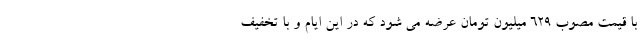
با قیمت مصوب 629 میلیون تومان عرضه می شود که در این ایام و با تخفیف